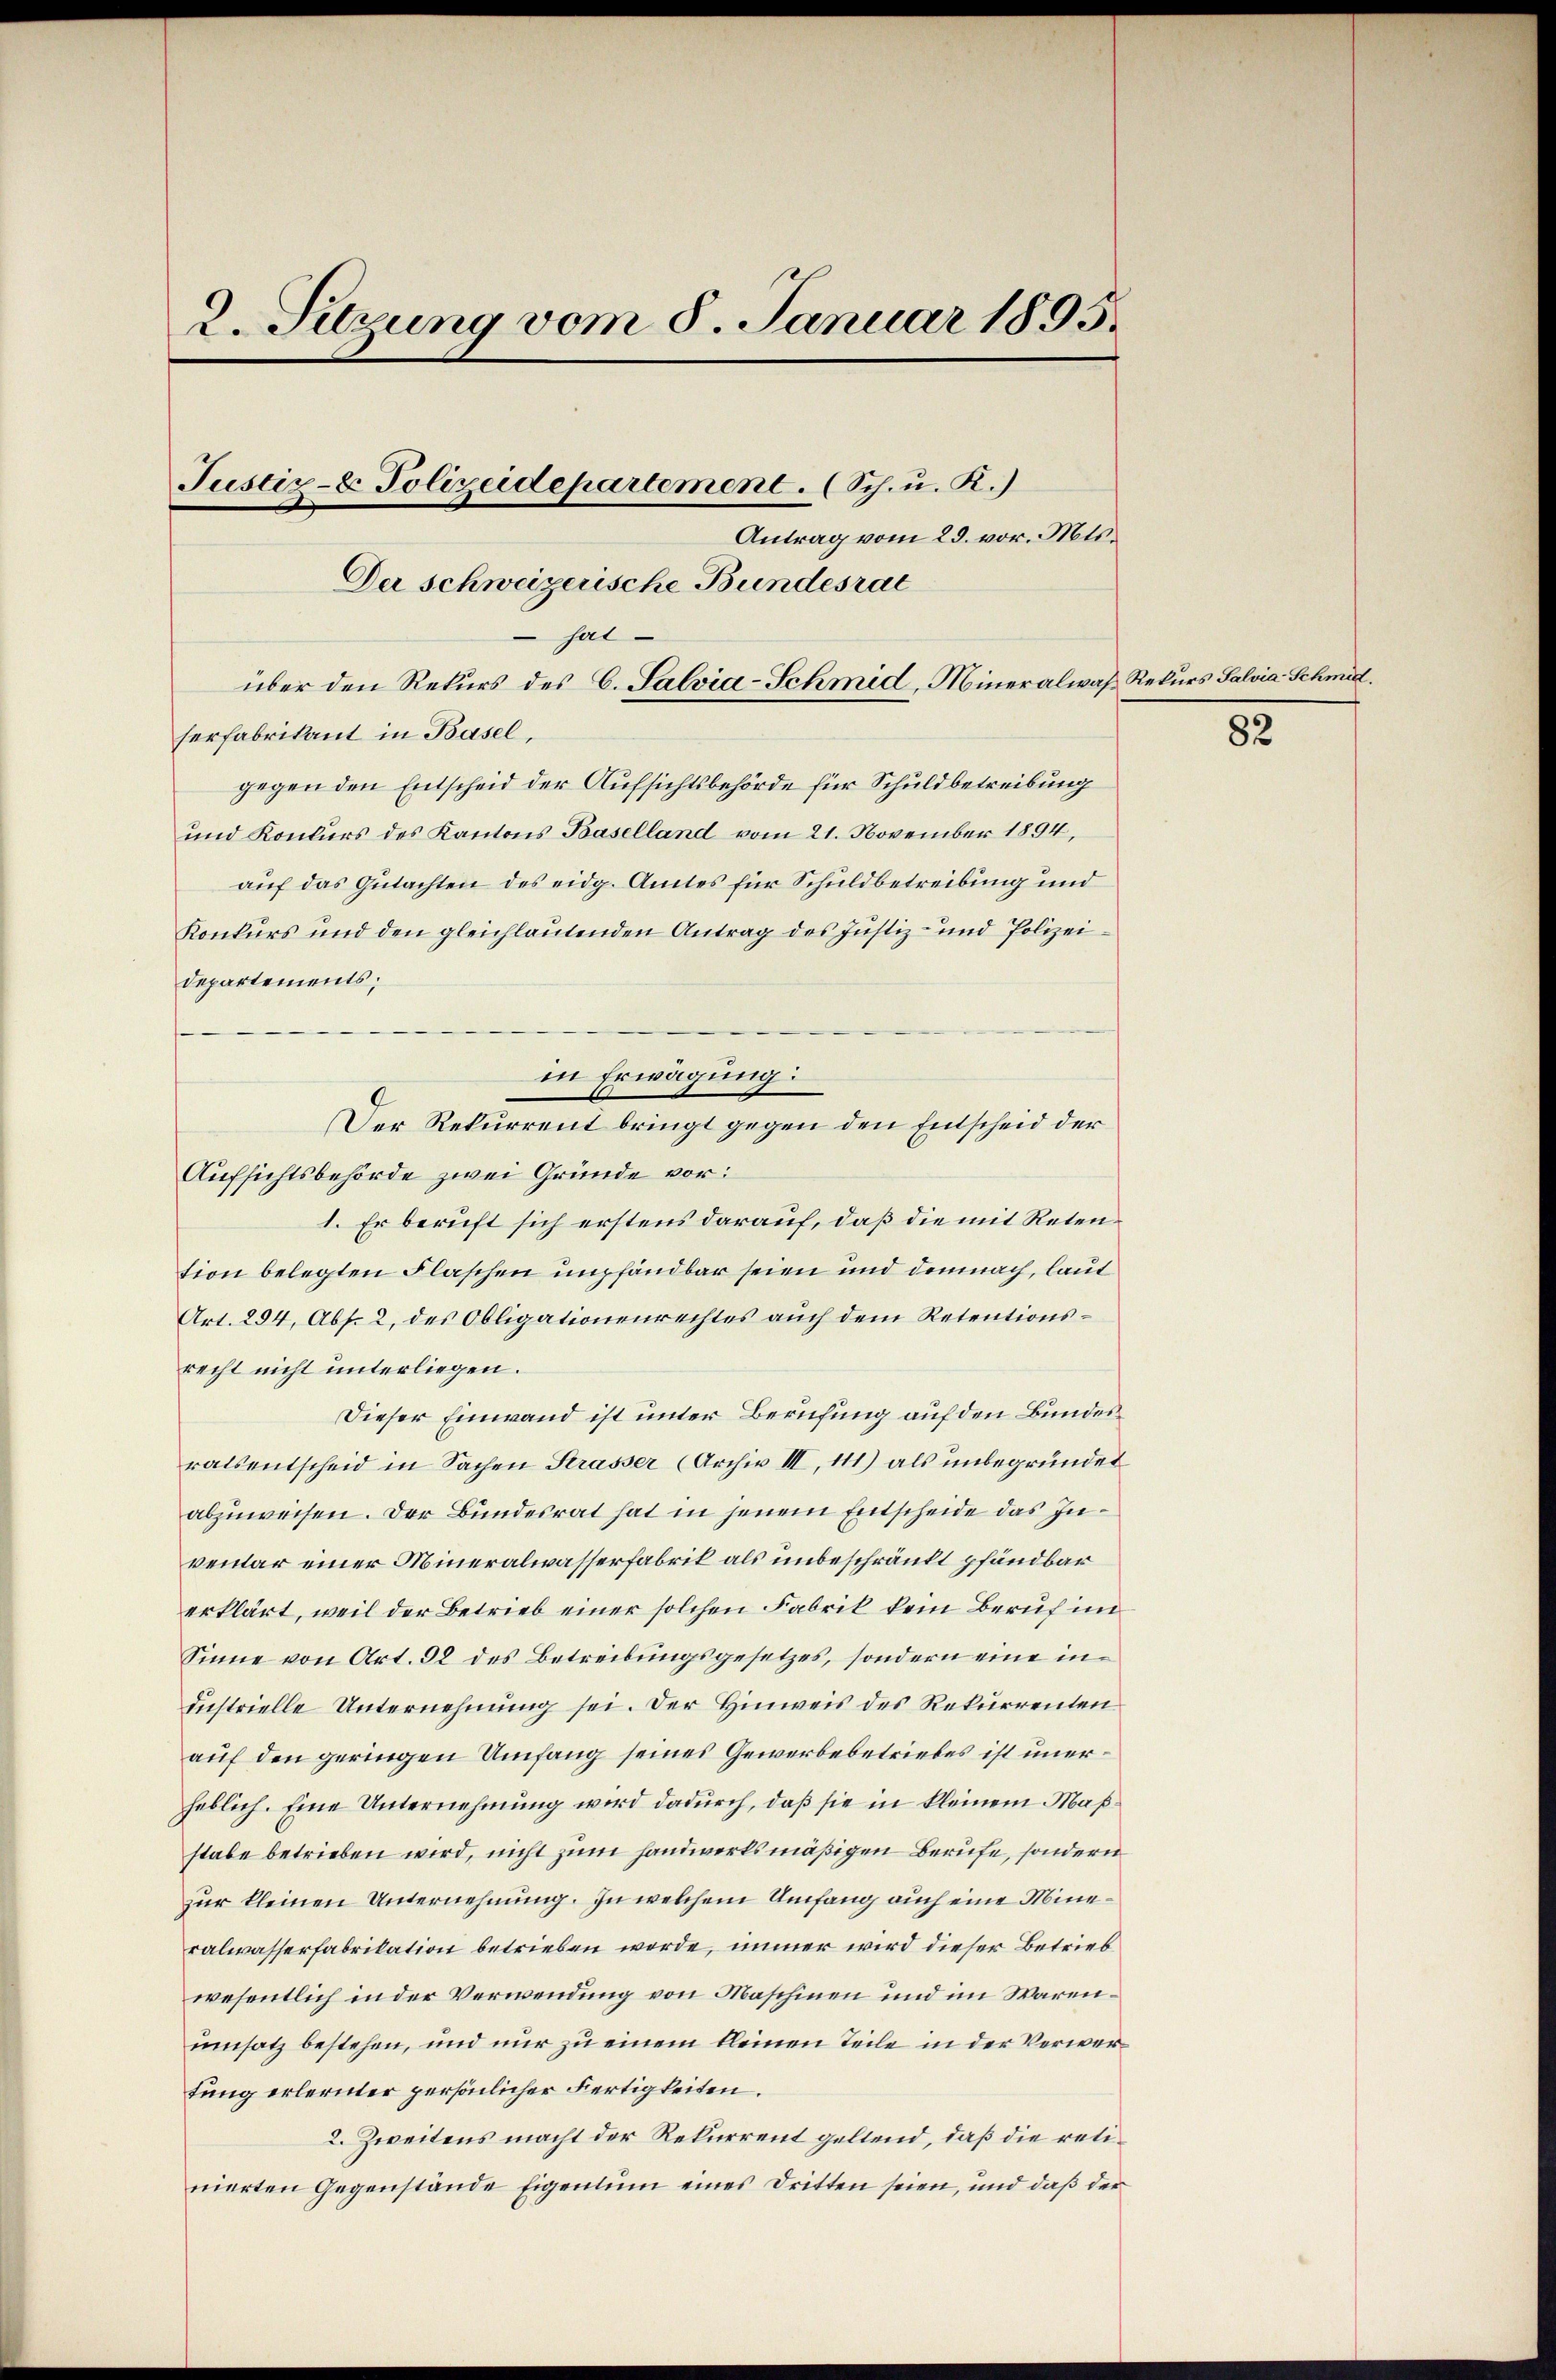
2. Setzung vom 8. Januar 1895.
Justiz- & Polizeidepartement. (Sch. u. R.)
Antrag vom 23. vor. Mts.
Der Schweizerische Bundesrat
sat
über den Rekurs des C. Salvia-Schmid, Mineralwaß Rekurs Salvia Schmid.

serfabrikant in Basel,
gegen den Entscheid der Aufsichtsbehörde für Schuldbetreibung
und Konkurs des Kantons Baselland vom 21. November 1894,
auf das Gutachten des eidg. Amtes für Schuldbetreibung und
Konkurs und den gleichlautenden Antrag des Justiz- und Polizei¬
Departements;
1. Er beruft sich erstens darauf, daß die mit Retention belegten Flaschen umpfandbar seien und demnach, laut
Art. 294, Abs. 2, des Obligationenrechtes auch dem Retentionsrecht nicht unterliegen.
Dieser Einwand ist unter Berufung auf den Bundesratsentscheid in Sachen Strasser (Archiv III, 111) als unbegründet
abzuweisen. Der Bundesrat hat in jenem Entscheide das Inventar einer Mineralwasserfabrik als unbeschränkt pfändbar
erklärt, weil der Betrieb einer solchen Fabrik kein Beruf im
Sinne von Art. 92 des Betreibungsgesetzes, sondern eine industrielle Unternehmung sei. Der Hinweis des Rekurrenten
auf den geringen Umfang seines Gewerbebetriebes ist unerheblich. Eine Unternehmung wird dadurch, daß sie in kleinem Maßstabe betrieben wird, nicht zum Handwerks mäßigen Berufe, sondern
zur kleinen Unternehmung. In welchem Umfang auch eine Mineralwasserfabrikation betrieben werde, immer wird dieser Betrieb
wesentlich in der Verwendung von Maschinen und im Warenumsatz bestehen, und nur zu einem kleinen Teile in der Verwertung erlernter persönlicher Fertigkeiten.
2. Zweitens macht der Rekurrent geltend, daß die retinierten Gegenstände Eigentum eines Dritten seien, und daß der

in Erwägung:
b
Der Rekurrent bringt gegen den Entscheid der
Aufsichtsbehörde zwei Gründe vor:

82